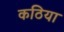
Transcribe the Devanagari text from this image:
कठिया